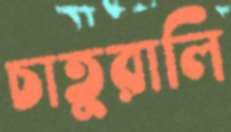
চাতুরালি